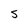
Character: S